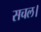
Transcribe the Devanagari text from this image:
सचल।